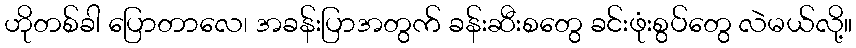
ဟိုတစ်ခါ ပြောတာလေ၊ အခန်းပြာအတွက် ခန်းဆီးစတွေ ခင်းဖုံးစွပ်တွေ လဲမယ်လို့။